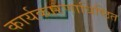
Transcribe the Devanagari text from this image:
कार्यकारणाधिष्ठित